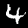
Digit: 4